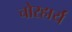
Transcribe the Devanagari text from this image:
चोरहार्यं